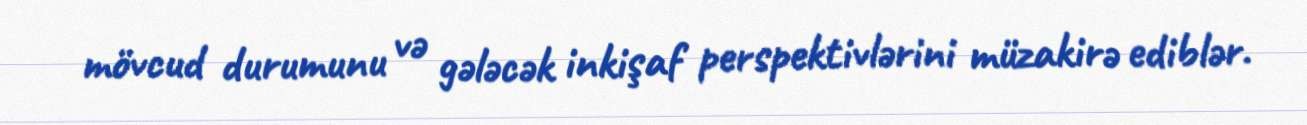
mövcud durumunu və gələcək inkişaf perspektivlərini müzakirə ediblər.